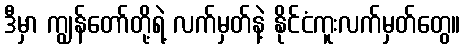
ဒီမှာ ကျွန်တော်တို့ရဲ့ လက်မှတ်နဲ့ နိုင်ငံကူးလက်မှတ်တွေ။